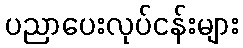
ပညာပေးလုပ်ငန်းများ